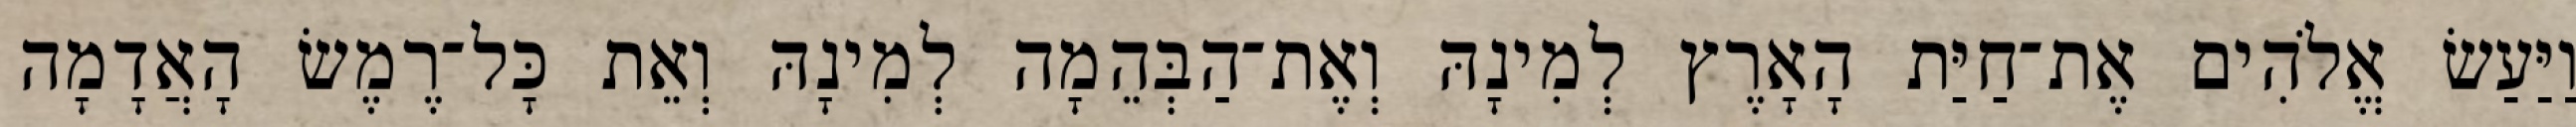
וַיַּעַשׂ אֱלֹהִים אֶת־חַיַּת הָאָרֶץ לְמִינָהּ וְאֶת־הַבְּהֵמָה לְמִינָהּ וְאֵת כָּל־רֶמֶשׂ הָאֲדָמָה